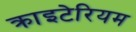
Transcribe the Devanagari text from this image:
क्राइटेरियम